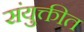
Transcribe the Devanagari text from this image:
संयुक्तीत